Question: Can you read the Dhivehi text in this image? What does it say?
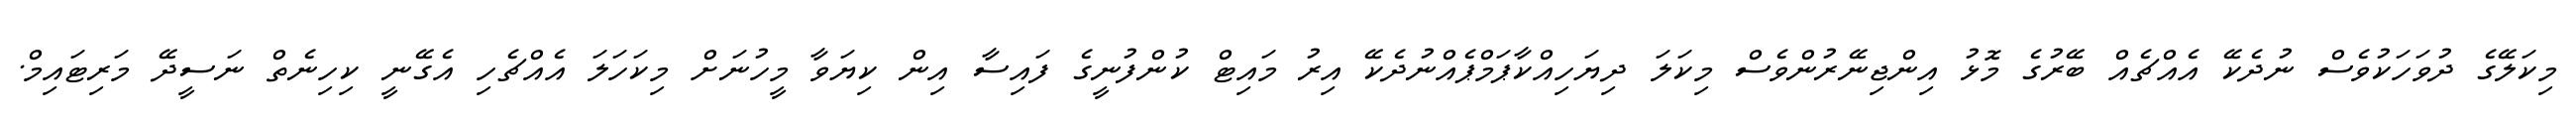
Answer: މިކަލޭގެ ދުވަހަކުވެސް ނުދެކޭ އެއްޗެއް ބޭރުގެ މޮޅު އިންޖިނޭރުންވެސް މިކަލަ ދިޔަހިއްކާޕަމްޕެއްނުދެކޭ އިރު މައިޓް ކުންފުނީގެ ފައިސާ އިން ކިޔަވާ މީހުނަށް މިކަހަލަ އެއްޗެހި އެގޭނީ ކިހިނެތް ނަސީދޭ މަރިޓައިމް.